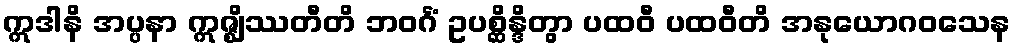
ဣဒါနိ အပ္ပနာ ဣဇ္ဈိဿတီတိ ဘဝင်္ဂံ ဥပစ္ဆိန္ဒိတွာ ပထဝီ ပထဝီတိ အနုယောဂဝသေန